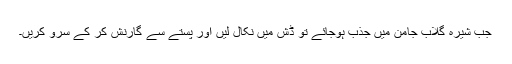
جب شیرہ گلاب جامن میں جذب ہوجائے تو ڈش میں نکال لیں اور پستے سے گارنش کر کے سرو کریں۔